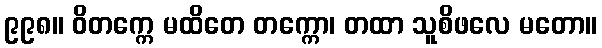
၉၉၈။ ဝိတက္ကေ မထိတေ တက္ကော၊ တထာ သူစိဖလေ မတော။